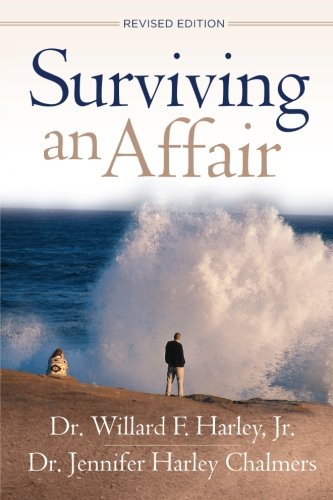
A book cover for Surviving an Affair; Willard F. Jr. Harley; Christian Books & Bibles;